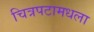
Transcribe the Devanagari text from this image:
चित्रपटामधला